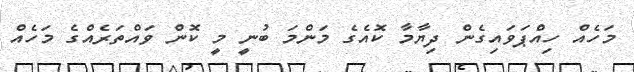
މަހެއް ހިއްޕަވައިގެން ދިޔާމާ ކޮއެގެ މަންމަ ބުނީ މީ ކޮން ވައްތަރެއްގެ މަހެއް